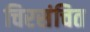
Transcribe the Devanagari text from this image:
चिरसंचित